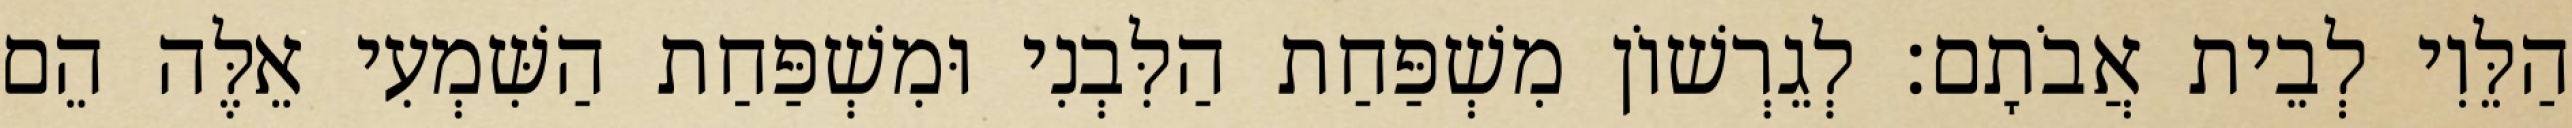
הַלֵּוִי לְבֵית אֲבֹתָם׃ לְגֵרְשׁוֹן מִשְׁפַּחַת הַלִּבְנִי וּמִשְׁפַּחַת הַשִּׁמְעִי אֵלֶּה הֵם